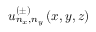
u _ { n _ { x } , n _ { y } } ^ { ( \pm ) } \left( x , y , z \right)